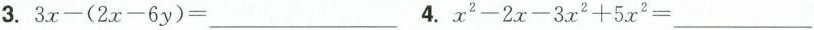
3. $$3x-(2x-6y)=___$$ 4.$$x^{2}-2x-3x^{2}+5x^{2}=___$$